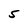
Character: 5